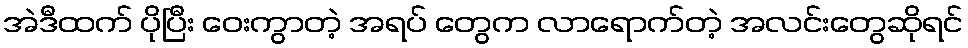
အဲဒီထက် ပိုပြီး ဝေးကွာတဲ့ အရပ် တွေက လာရောက်တဲ့ အလင်းတွေဆိုရင်